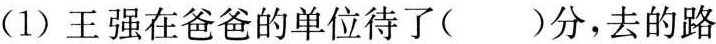
(1)王强在爸爸的单位待了()分，去的路